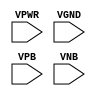
module sky130_fd_sc_lp__tapvgnd (
    VPWR,
    VGND,
    VPB ,
    VNB
);

    // Module ports
    input VPWR;
    input VGND;
    input VPB ;
    input VNB ;
     // No contents.
endmodule